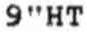
9"HT